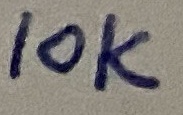
Text: 10K